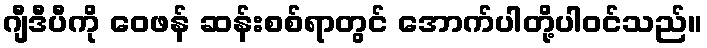
ဂျီဒီပီကို ဝေဖန် ဆန်းစစ်ရာတွင် အောက်ပါတို့ပါဝင်သည်။